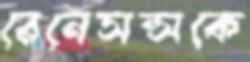
রেনেসন্সকে